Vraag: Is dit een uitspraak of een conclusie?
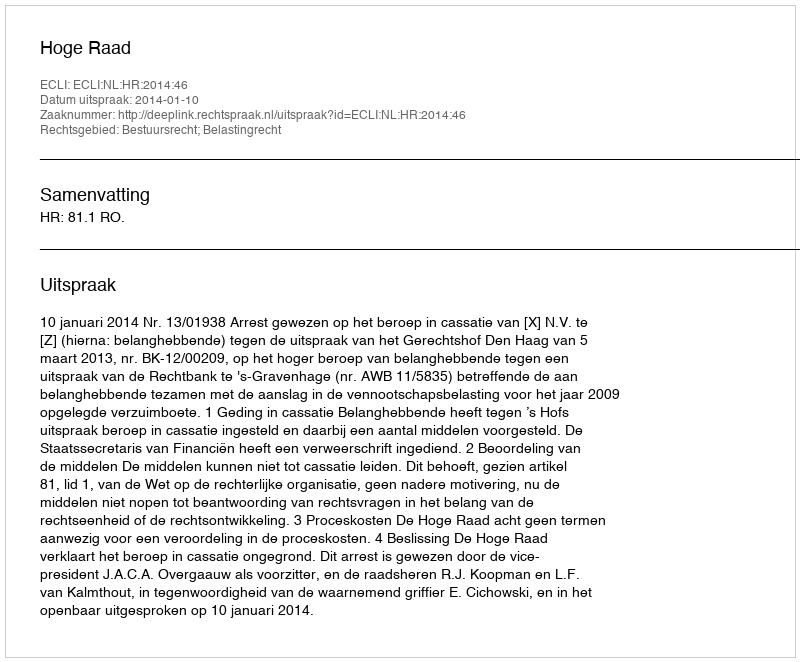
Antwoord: Uitspraak